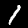
Digit: 1